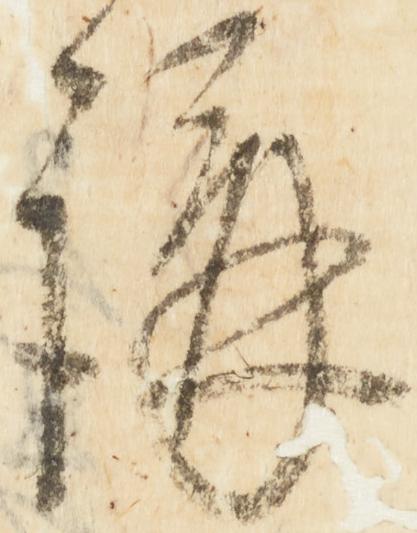
講